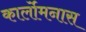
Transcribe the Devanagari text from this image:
कार्लोमनास